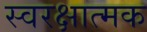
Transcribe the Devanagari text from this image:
स्वरक्षात्मक